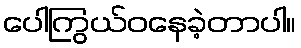
ပေါကြွယ်ဝနေခဲ့တာပါ။